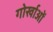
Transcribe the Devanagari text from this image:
गोर्खाओं